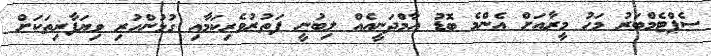
ސެޕްޓެމްބަރު މަހު މީރާއަށް އެންމެ ބޮޑު އާމްދަނީއެއް ލިބުނީ ފަތުރުވެރިކަމާއި ގުޅުންހުރި ވިޔަފާރިތަކަށް